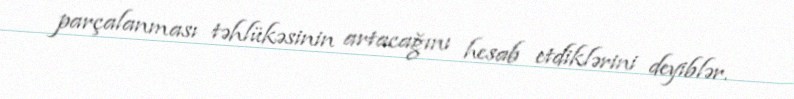
parçalanması təhlükəsinin artacağını hesab etdiklərini deyiblər.